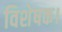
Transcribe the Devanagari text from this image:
विशेषक।